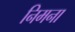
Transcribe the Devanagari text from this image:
निमना